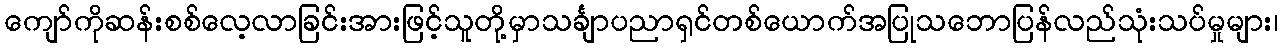
ကျော်ကိုဆန်းစစ်လေ့လာခြင်းအားဖြင့်သူတို့မှာသင်္ချာပညာရှင်တစ်ယောက်အပြုသဘောပြန်လည်သုံးသပ်မှုများ၊